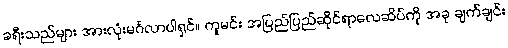
ခရီးသည်များ အားလုံးမင်္ဂလာပါရှင်။ ကူမင်း အပြည်ပြည်ဆိုင်ရာလေဆိပ်ကို အခု ချက်ချင်း